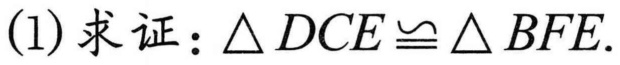
(1) 求证：\(\triangle DCE\cong\triangle BFE\).